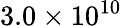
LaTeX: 3.0\times 10^{10}